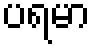
ပရမာ